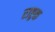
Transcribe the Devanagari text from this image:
राष्ट्रक